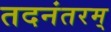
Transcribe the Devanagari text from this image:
तदनंतरम्